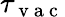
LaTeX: \tau_{\mathrm{~v~a~c~}}